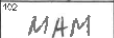
Transcription: MAM